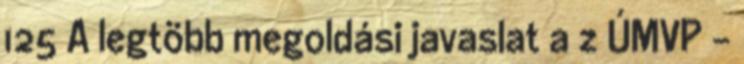
125 A legtöbb megoldási javaslat a z ÚMVP -